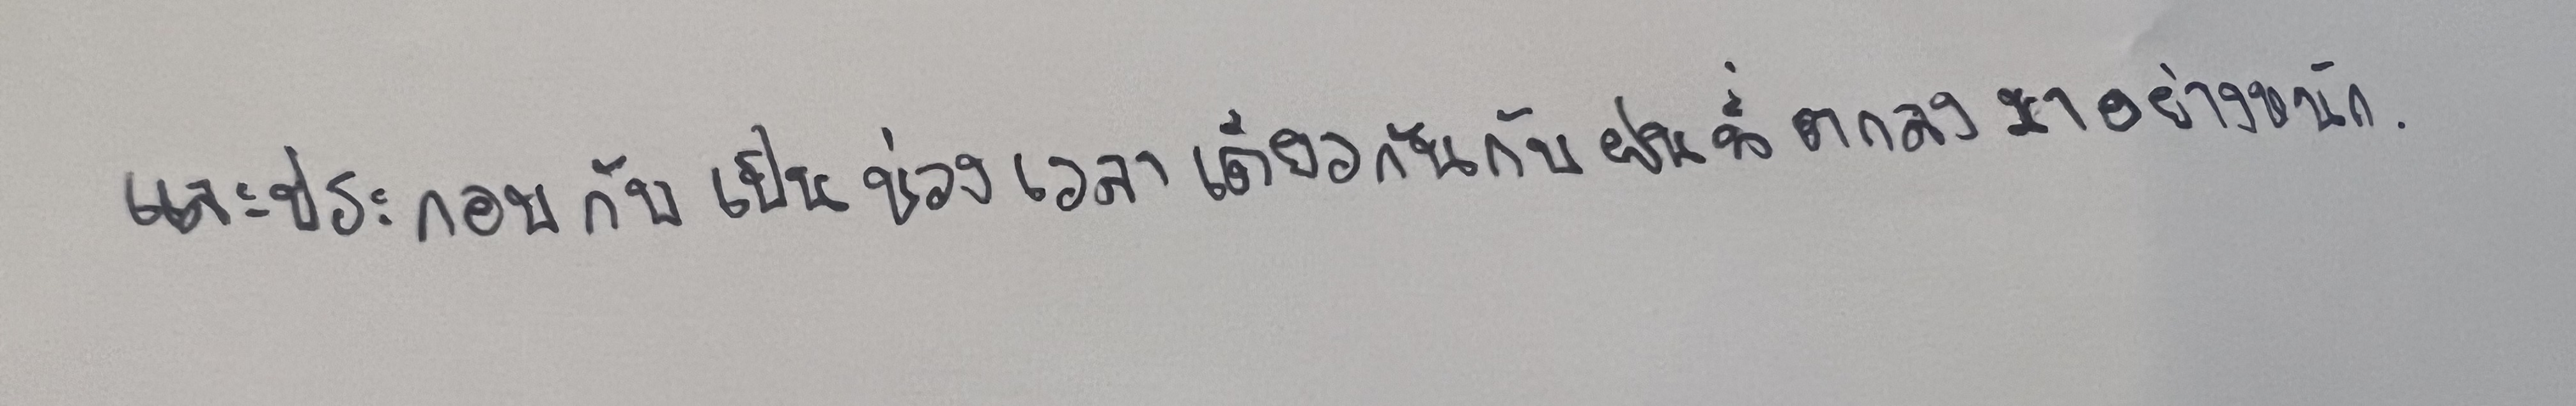
และประกอบกับเป็นช่วงเวลาเดียวกันกับฝนที่ตกลงมาอย่างหนัก